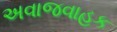
અવાજવાહક